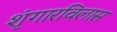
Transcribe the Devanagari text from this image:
शृंगारविलास